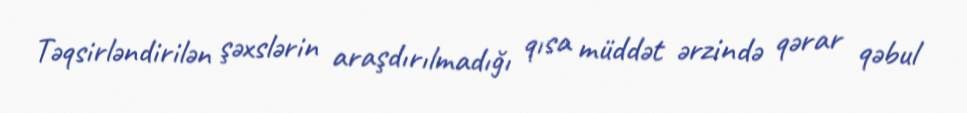
Təqsirləndirilən şəxslərin araşdırılmadığı qısa müddət ərzində qərar qəbul